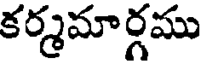
కర్మమార్గము